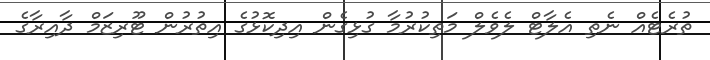
ތުރެޓެއް ނެތި އެލާޓް ލެވެލް މަތިކުރުމާ ގުޅިގެން އިދިކޮޅުގެ އިތުރުން ޓޫރިޒަމް ދާއިރާގެ